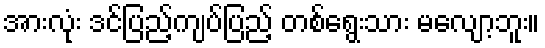
အားလုံး ဒင်ပြည့်ကျပ်ပြည့် တစ်ရွေးသား မလျော့ဘူး။